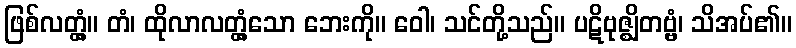
ဖြစ်လတ္တံ့။ တံ၊ ထိုလာလတ္တံ့သော ဘေးကို။ ဝေါ၊ သင်တို့သည်။ ပဋိဗုဇ္ဈိတဗ္ဗံ၊ သိအပ်၏။